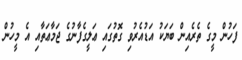
ފަހުން މީގެ ތެރެއިން ބަޔަކު އަޑުއެރުވި ގޮތުގައި ޢަލީގެފާނުގެ ޖަމާޢަތާއި އެ މީހުން